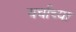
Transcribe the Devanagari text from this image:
चर्चाच्या